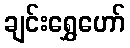
ချင်းရွှေဟော်